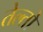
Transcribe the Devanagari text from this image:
तेल्तो